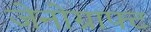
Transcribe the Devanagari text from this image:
जेनोग्राफ्ट